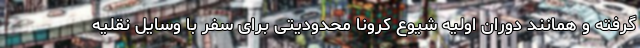
گرفته و همانند دوران اولیه شیوع کرونا محدودیتی برای سفر با وسایل نقلیه